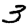
Digit: 3